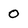
Character: 0